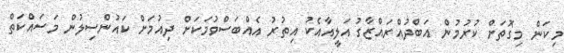
މިކަން މިގޮތަށް ކުރުމުން އަބްދުއްރައްޒާގު އަލީއާއެކު އިތުރު އެއްބަސްވުމަކަށް ދިއުމަށް ކައުންސިލުން މަސައްކަތް